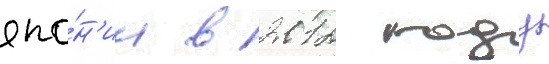
япо́н'ии в 2012 году